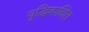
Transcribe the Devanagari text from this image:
वृद्धिबाधित